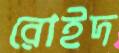
রোইদ